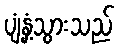
ပျံ့နှံ့သွားသည်